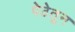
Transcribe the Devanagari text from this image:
पेठेतून